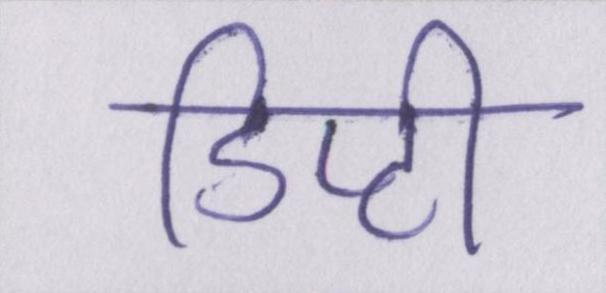
डिप्टी